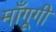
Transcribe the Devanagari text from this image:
माँगूगी